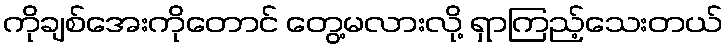
ကိုချစ်အေးကိုတောင် တွေ့မလားလို့ ရှာကြည့်သေးတယ်